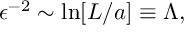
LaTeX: \epsilon ^ { - 2 } \sim \ln [ L / a ] \equiv \Lambda ,